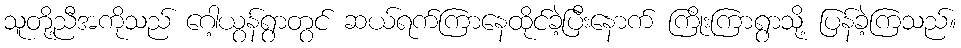
သူတို့ညီအကိုသည် ဂေါ့ယွန်ရွာတွင် ဆယ်ရက်ကြာနေထိုင်ခဲ့ပြီးနောက် ကြိုးကြာရွာသို့ ပြန်ခဲ့ကြသည်။